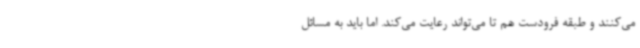
می‌کنند و طبقه فرودست هم تا می‌تواند رعایت می‌کند. اما باید به مسائل